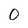
Character: 0